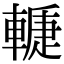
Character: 𨎉